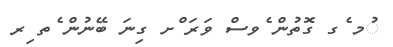
ުމ ެގ ގޮތުން ެވސް ވަރަ ްށ ގިނަ ބޭނުން ެތ ިރ